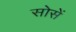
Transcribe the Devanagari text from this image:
सोसें